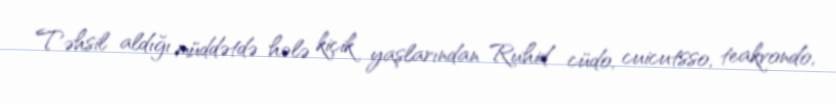
Təhsil aldığı müddətdə hələ kiçik yaşlarından Ruhid cüdo, cuicutsso, teakvondo,